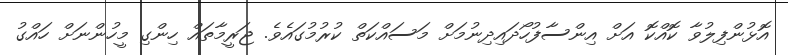
އޮޅުންފިލުވާ ކޮއްކޮ އަށް އިންސާފުހޯދައިދިނުމަށް މަސައްކަތް ކުރުމުގައެވެ. ޖަރީމާތައް ހިންގި މީހުންނަށް ހައްގު